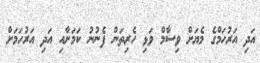
އަދި އަރުހަމްގެ މެޔަށް ވިސާމް ވަޅި ހެރިތަން ފެނުނު ކަމަށާއި އަދި އަރުހަމަށް